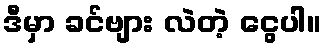
ဒီမှာ ခင်ဗျား လဲတဲ့ ငွေပါ။